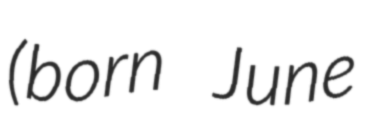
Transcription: (born June